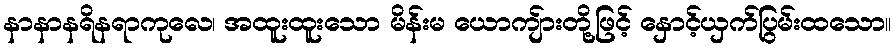
နာနာနရိနရာကုလေ၊ အထူးထူးသော မိန်းမ ယောကျ်ားတို့ဖြင့် နှောင့်ယှက်ပြွမ်းထသော။